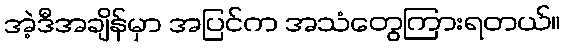
အဲ့ဒီအချိန်မှာ အပြင်က အသံတွေကြားရတယ်။